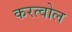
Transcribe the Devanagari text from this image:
करत्वोल